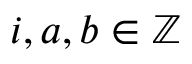
i , a , b \in \mathbb { Z }